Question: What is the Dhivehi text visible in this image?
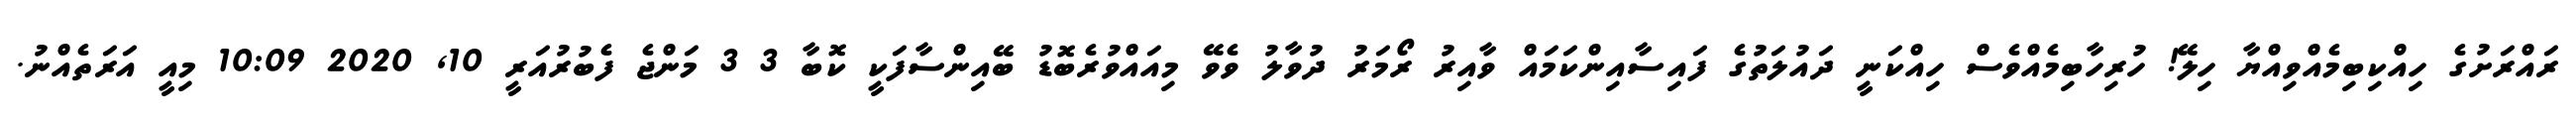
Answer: ރައްރަށުގެ ހިއްކިބިމެއްވިއްޔާ ހިލޭ! ހުރިހާބިމެއްވެސް ހިއްކަނީ ދައުލަތުގެ ފައިސާއިންކަމައް ވާއިރު ރޯމަރު ދުވާލު ވެވޭ މިއައްވުރެބޮޑު ބޭއިންސާފަކީ ކޮބާ 3 3 މަންޖެ ފެބުރުއަރީ 10, 2020 10:09 މިއީ އަރަތެއްނު.